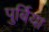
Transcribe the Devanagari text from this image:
पुर्बिया